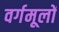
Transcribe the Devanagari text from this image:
वर्गमूलों